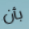
بأن